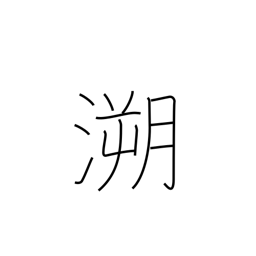
Meaning: retrace the past